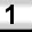
Digit: 1